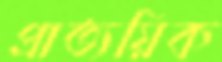
প্রাত্যয়িক